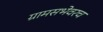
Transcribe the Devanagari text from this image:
ग्रामसभेवरच